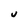
Character: U